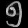
Digit: ၅